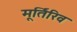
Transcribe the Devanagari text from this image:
मूर्तिरिव